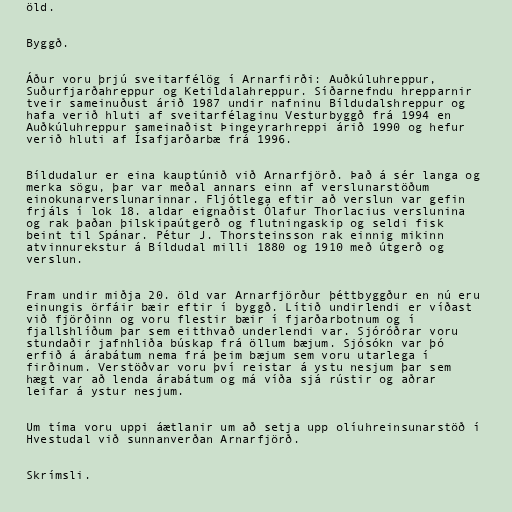
öld.

Byggð.

Áður voru þrjú sveitarfélög í Arnarfirði: Auðkúluhreppur,
Suðurfjarðahreppur og Ketildalahreppur. Síðarnefndu hrepparnir
tveir sameinuðust árið 1987 undir nafninu Bíldudalshreppur og
hafa verið hluti af sveitarfélaginu Vesturbyggð frá 1994 en
Auðkúluhreppur sameinaðist Þingeyrarhreppi árið 1990 og hefur
verið hluti af Ísafjarðarbæ frá 1996.

Bíldudalur er eina kauptúnið við Arnarfjörð. Það á sér langa og
merka sögu, þar var meðal annars einn af verslunarstöðum
einokunarverslunarinnar. Fljótlega eftir að verslun var gefin
frjáls í lok 18. aldar eignaðist Ólafur Thorlacius verslunina
og rak þaðan þilskipaútgerð og flutningaskip og seldi fisk
beint til Spánar. Pétur J. Thorsteinsson rak einnig mikinn
atvinnurekstur á Bíldudal milli 1880 og 1910 með útgerð og
verslun.

Fram undir miðja 20. öld var Arnarfjörður þéttbyggður en nú eru
einungis örfáir bæir eftir í byggð. Lítið undirlendi er víðast
við fjörðinn og voru flestir bæir í fjarðarbotnum og í
fjallshlíðum þar sem eitthvað underlendi var. Sjóróðrar voru
stundaðir jafnhliða búskap frá öllum bæjum. Sjósókn var þó
erfið á árabátum nema frá þeim bæjum sem voru utarlega í
firðinum. Verstöðvar voru því reistar á ystu nesjum þar sem
hægt var að lenda árabátum og má víða sjá rústir og aðrar
leifar á ystur nesjum.

Um tíma voru uppi áætlanir um að setja upp olíuhreinsunarstöð í
Hvestudal við sunnanverðan Arnarfjörð.

Skrímsli.